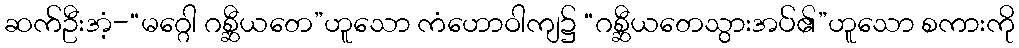
ဆက်ဦးအံ့-“မဂ္ဂေါ ဂစ္ဆီယတေ”ဟူသော ကံဟောဝါကျ၌ “ဂစ္ဆီယတေသွားအပ်၏”ဟူသော စကားကို